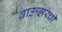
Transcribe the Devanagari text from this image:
ब्राऊझरची